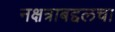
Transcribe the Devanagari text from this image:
नक्षत्राबद्दलचा